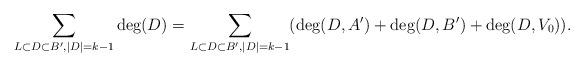
LaTeX: \begin{align*}\sum_{L\subset D\subset B', |D|=k-1}\deg(D)=\sum_{L\subset D\subset B', |D|=k-1}(\deg(D, A') + \deg(D, B') + \deg(D, V_0)).\end{align*}